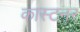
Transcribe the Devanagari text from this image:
कास्टनर